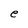
Character: e